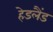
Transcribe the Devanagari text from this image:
हेडलैंड